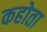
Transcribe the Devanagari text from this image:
कहोता